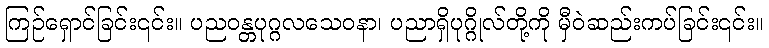
ကြဉ်ရှောင်ခြင်း၎င်း။ ပညဝန္တပုဂ္ဂလသေဝနာ၊ ပညာရှိပုဂ္ဂိုလ်တို့ကို မှီဝဲဆည်းကပ်ခြင်း၎င်း။